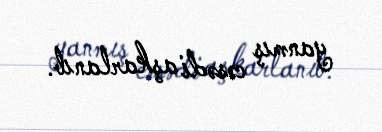
yanmış cəsədi aşkarlanıb.